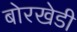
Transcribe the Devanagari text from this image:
बोरखेडी